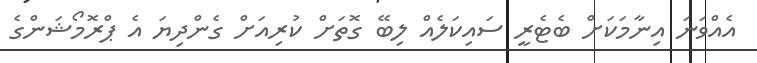
އެއްވަނަ އިނާމަކަށް ބެޓެރީ ސައިކަލެއް ލިބޭ ގޮތަށް ކުރިއަށް ގެންދިޔަ އެ ޕްރޮމޯޝަންގެ